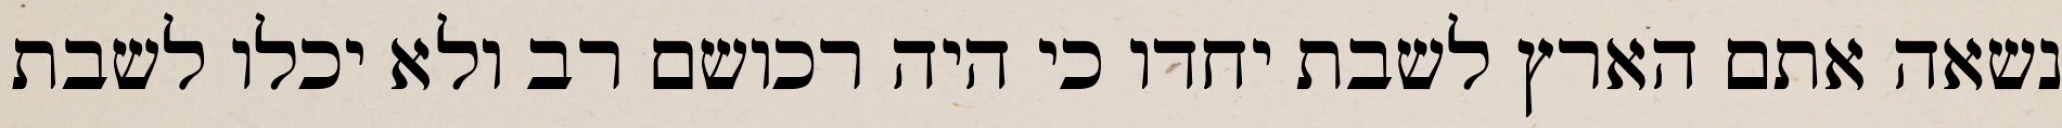
נשאה אתם הארץ לשבת יחדו כי היה רכושם רב ולא יכלו לשבת